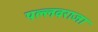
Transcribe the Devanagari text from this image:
पल्लवराजा